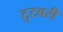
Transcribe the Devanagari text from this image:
टुटबरी